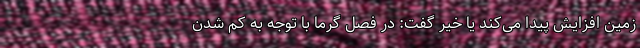
زمین افزایش پیدا می‌کند یا خیر گفت: در فصل گرما با توجه به کم شدن